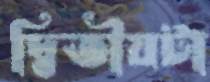
দ্বিতীয়টা